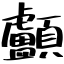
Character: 顱